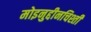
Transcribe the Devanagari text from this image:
मोइनुद्दीनचिश्ती